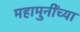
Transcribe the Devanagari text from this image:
महामुनींच्या